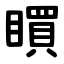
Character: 䁲